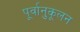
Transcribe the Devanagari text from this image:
पूर्वानुकूलन